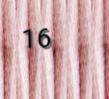
16